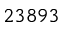
2 3 8 9 3